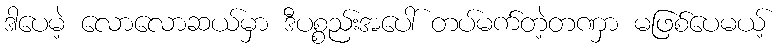
ဒါပေမဲ့ လောလောဆယ်မှာ ဒီပစ္စည်းအပေါ် တပ်မက်တဲ့တဏှာ မဖြစ်ပေမယ့်